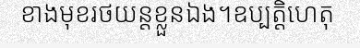
ខាងមុខរថយន្តខ្លួនឯង។ឧប្បត្តិហេតុ